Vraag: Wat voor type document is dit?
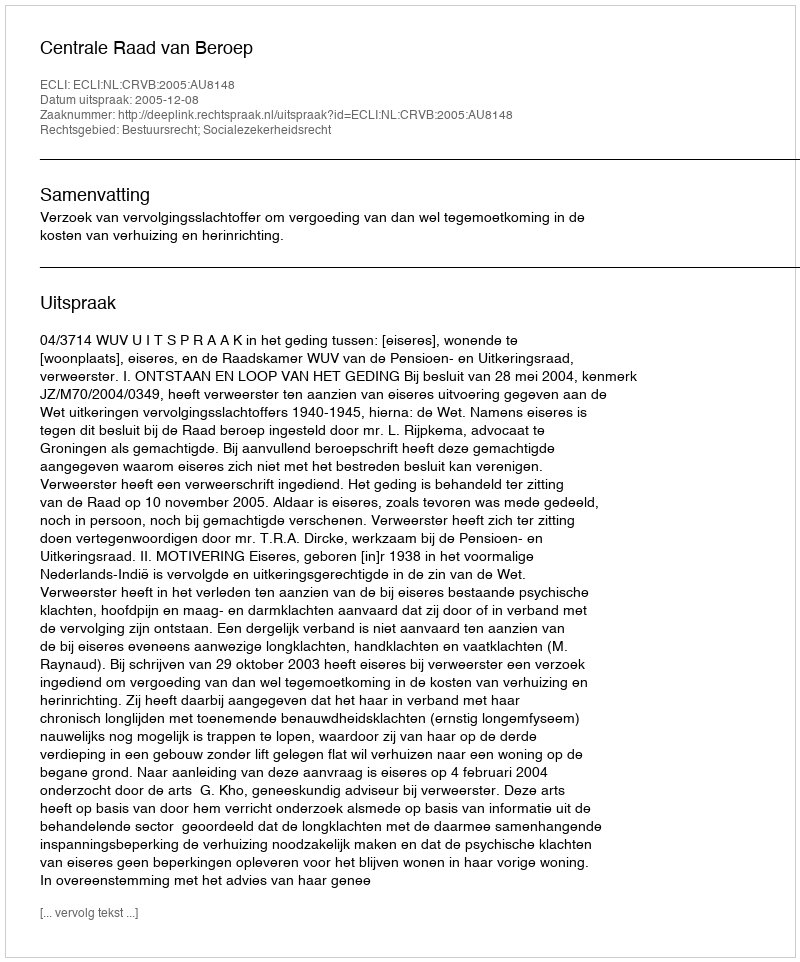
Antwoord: Uitspraak